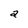
Character: a